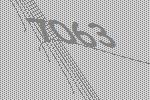
7063